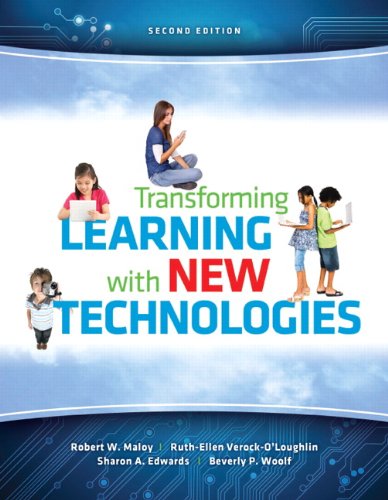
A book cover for Transforming Learning with New Technologies (2nd Edition); Robert W. Maloy; Education & Teaching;